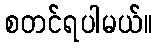
စတင်ရပါမယ်။